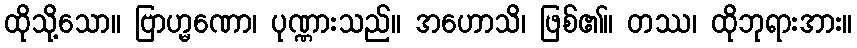
ထိုသို့သော။ ဗြာဟ္မဏော၊ ပုဏ္ဏားသည်။ အဟောသိ၊ ဖြစ်၏။ တဿ၊ ထိုဘုရားအား။